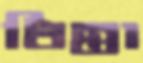
ধিন্তা